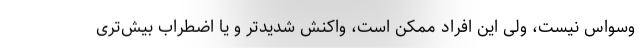
وسواس نیست، ولی این افراد ممکن است، واکنش شدیدتر و یا اضطراب بیش‌تری